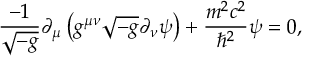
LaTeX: { \frac { - 1 } { \sqrt { - g } } } \partial _ { \mu } \left( g ^ { \mu \nu } { \sqrt { - g } } \partial _ { \nu } \psi \right) + { \frac { m ^ { 2 } c ^ { 2 } } { \hbar ^ { 2 } } } \psi = 0 ,